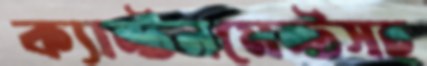
ক্যান্টনমেন্টসহ